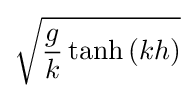
{\sqrt {{\frac {g}{k}}\tanh \left(kh\right)}}